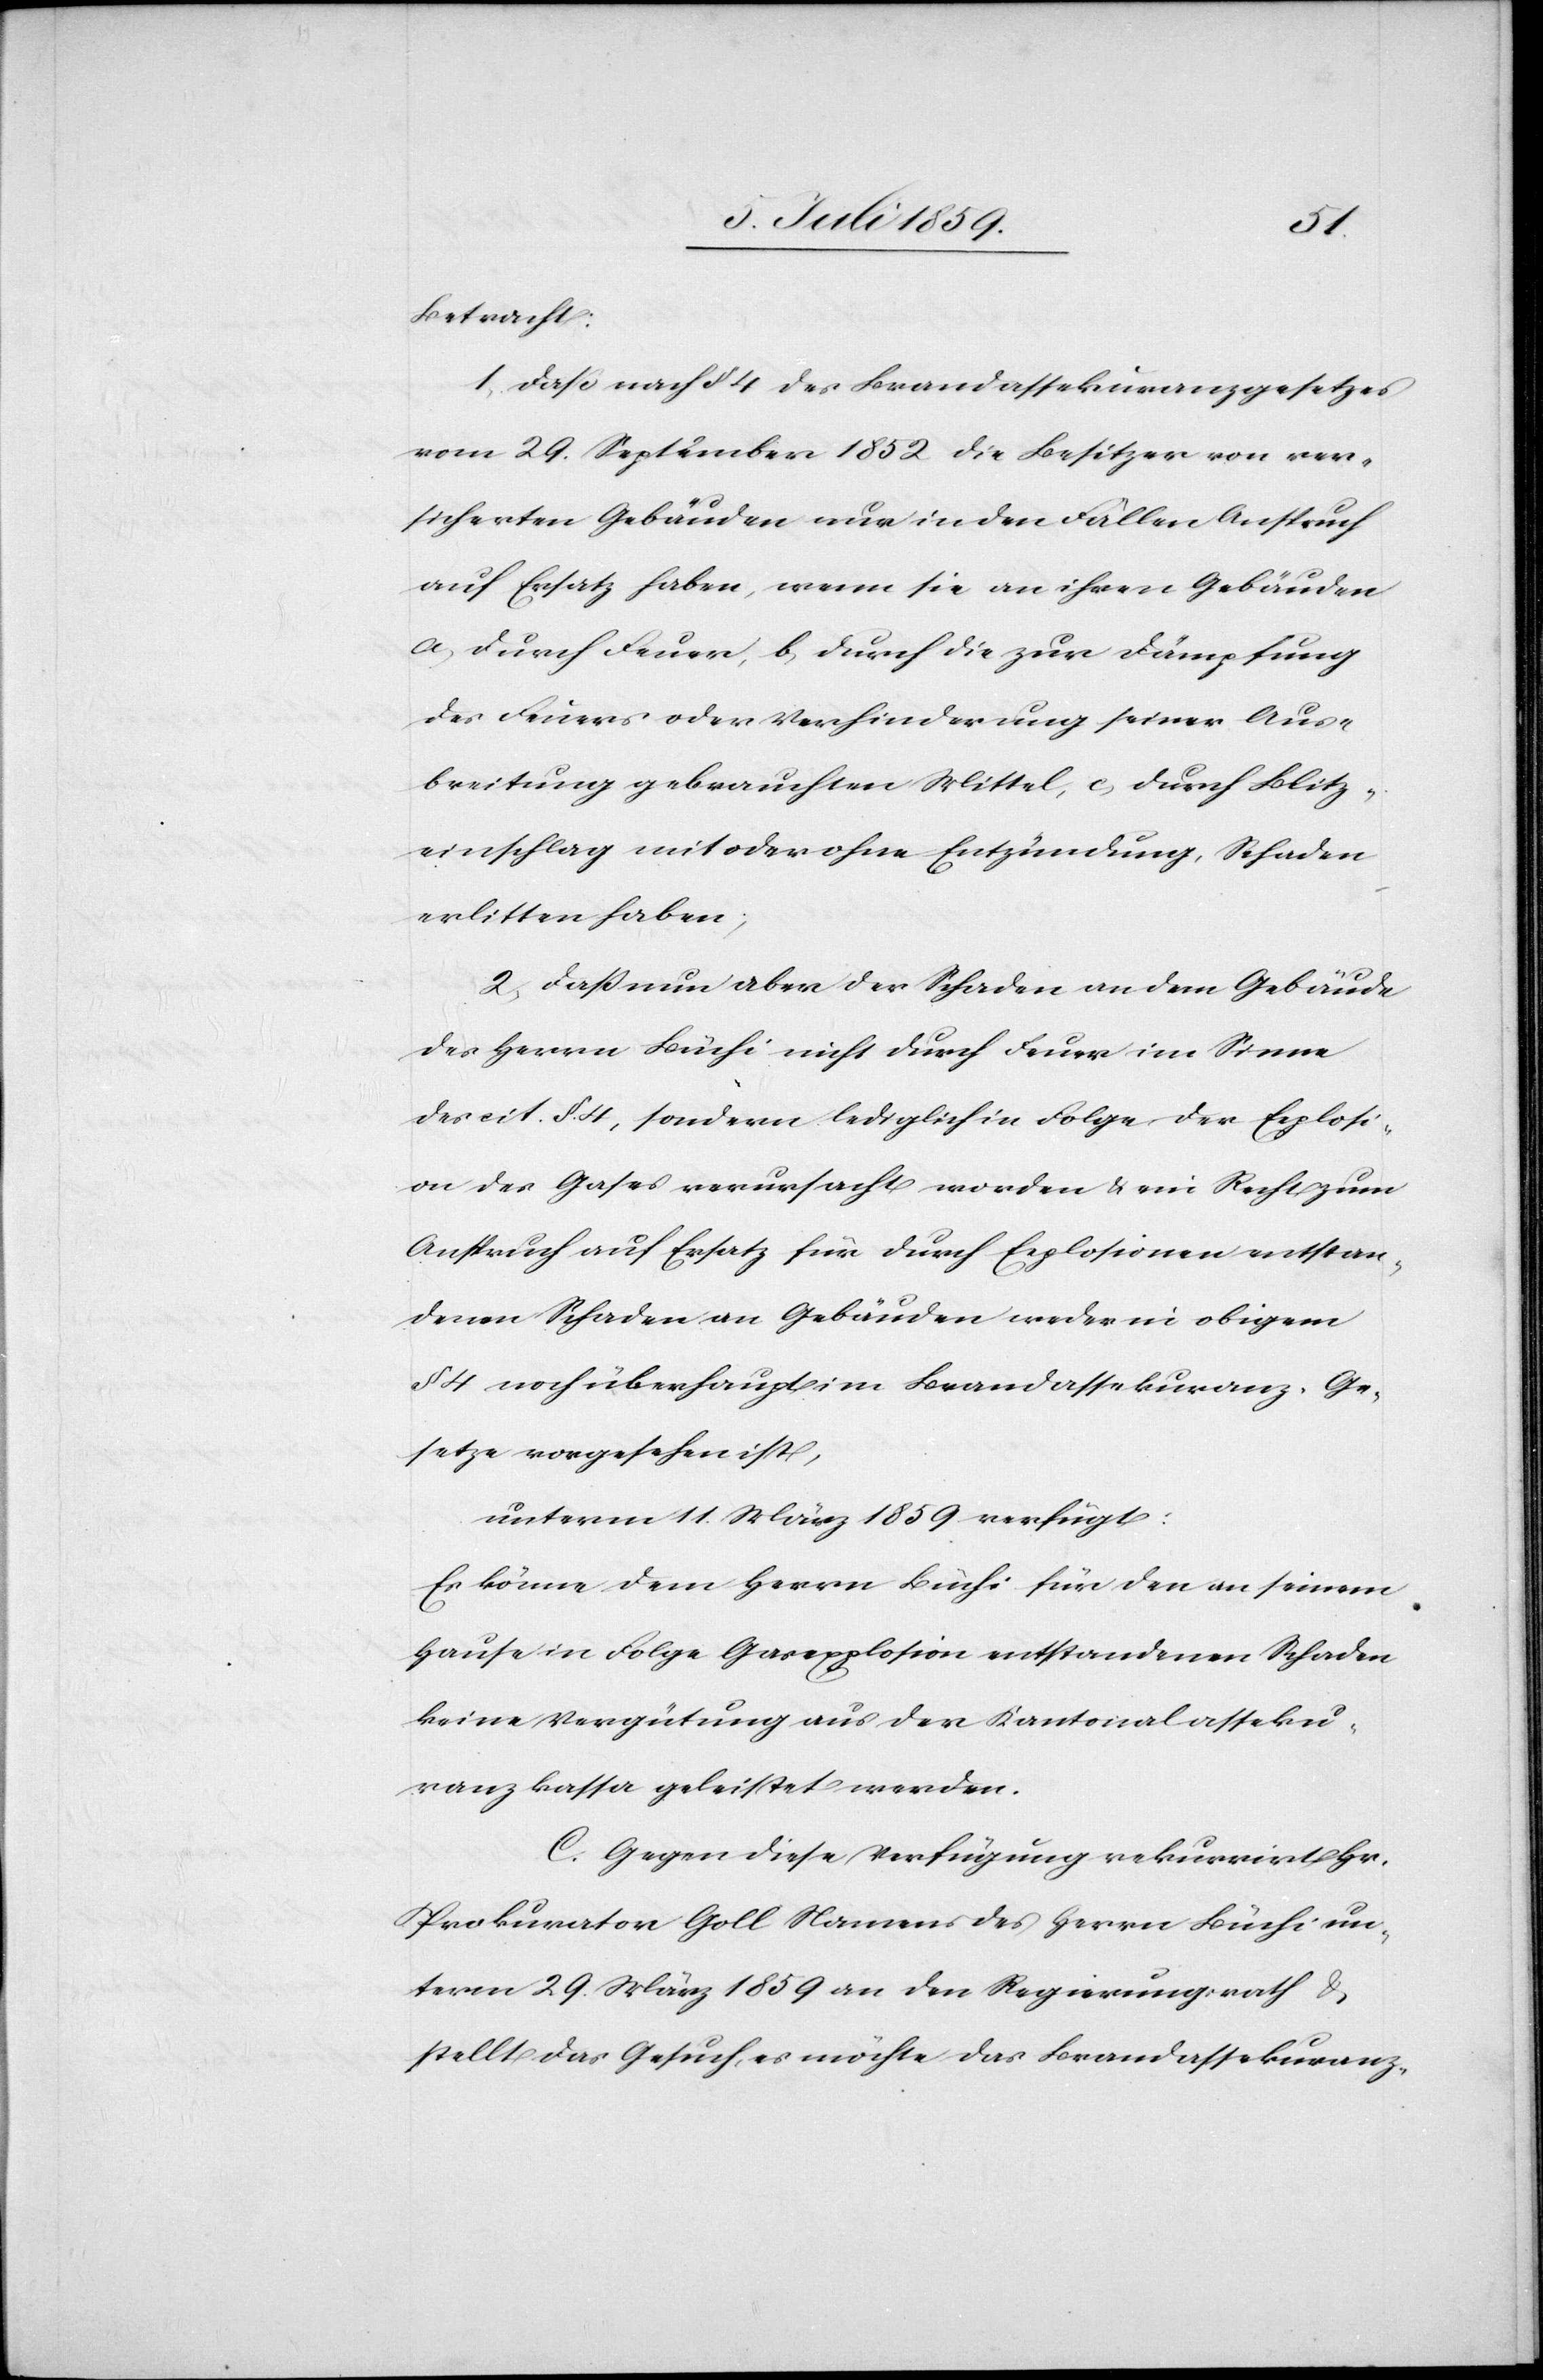
Betracht:
1) Daß nach § 4 des Brandassekuranzgesetzes
vom 29. September 1852 die Besitzer von ver¬
sicherten Gebäuden nur in den Fällen Anspruch
auf Ersatz haben, wenn sie an ihren Gebäuden
a) durch Feuer, b) durch die zur Dämpfung
des Feuers oder Verhinderung seiner Aus¬
breitung gebrauchten Mittel, c) durch Blitz¬
einschlag mit oder ohne Entzündung, Schaden
erlitten haben;
2) Daß nun aber der Schaden an dem Gebäude
des Herrn Büchi nicht durch Feuer im Sinne
des cit. § 4, sondern lediglich in Folge der Explosi¬
on des Gases verursacht worden u. ein Recht zum
Anspruch auf Ersatz für durch Explosionen entstan¬
denen Schaden an Gebäuden weder in obigem
§ 4 noch überhaupt im Brandassekuranz-Ge¬
setze vorgesehen ist,
unterm 11. März 1859 verfügt:
Es könne dem Herrn Büchi für den an seinem
Hause in Folge Gasexplosion entstandenen Schaden
keine Vergütung aus der Kantonalasseku¬
ranzkassa geleistet werden.
C. Gegen diese Verfügung rekurrirt Hr.
Prokurator Goll Namens des Herrn Büchi un¬
term 29 März 1859 an den Regierungsrath u.
stellt das Gesuch, es möchte das Brandassekuranz-